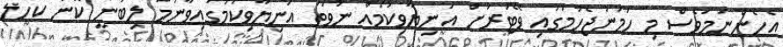
އެހެންނަމަވެސް މި ހަމަނުޖެހުމުގައި ވޭޓަރަށް އަނިޔާވިކަމެއް ނުވަތަ އަނިޔާވިކަމުގައިވާނަމަ ލިބުނީ ކޮން ކަހަލަ